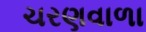
ચરણવાળા